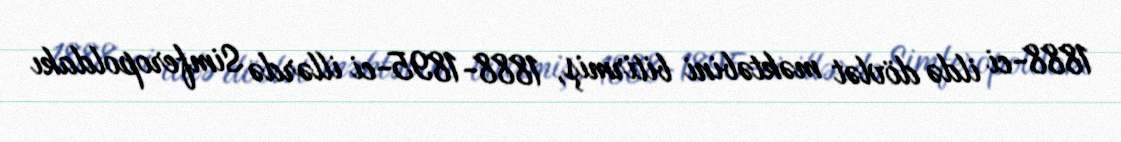
1888-ci ildə dövlət məktəbini bitirmiş, 1888-1895-ci illərdə Simferopoldakı